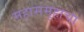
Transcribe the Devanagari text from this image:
महासमूहाचा